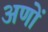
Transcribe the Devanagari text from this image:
अणों